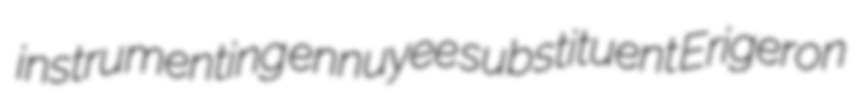
instrumenting ennuyee substituent Erigeron